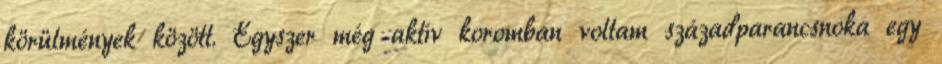
körülmények között. Egyszer még aktív koromban voltam századparancsnoka egy